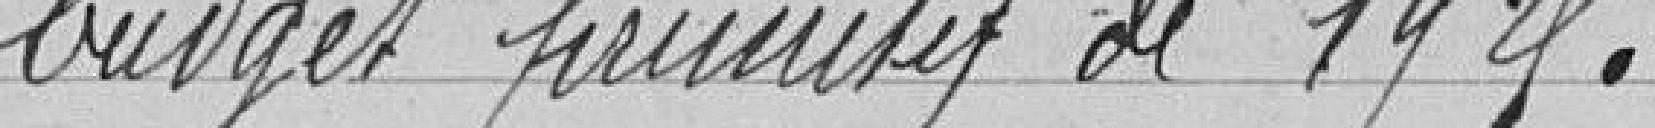
budget primitif de 1925.